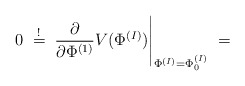
\begin{align*}0 \; \stackrel{!}{=} \; \frac{\partial}{\partial \Phi^{(1)}}V( \Phi^{(I)} ) \Bigg|_{\Phi^{(I)} = \Phi^{(I)}_0} \; =\end{align*}